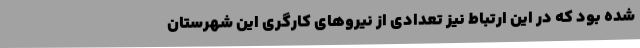
شده بود که در این ارتباط نیز تعدادی از نیروهای کارگری این شهرستان